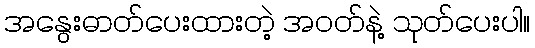
အနွေးဓာတ်ပေးထားတဲ့ အဝတ်နဲ့ သုတ်ပေးပါ။